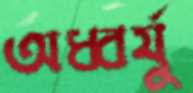
অধ্বর্যু